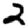
Digit: 2